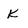
Character: K